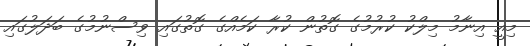
މިއީ އިނާމު މިލްކު ކުރުމުގެ ގޮތުން ކުރާ ކަމެއްގެ ގޮތުގައި ވިސްނުމުގެ ބަދަލުގައި